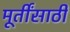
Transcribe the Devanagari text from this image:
मूर्तींसाठी